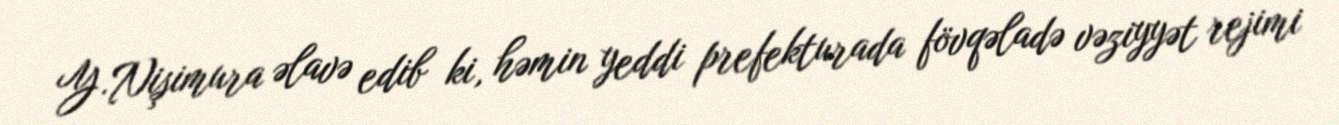
Y.Nişimura əlavə edib ki, həmin yeddi prefekturada fövqəladə vəziyyət rejimi